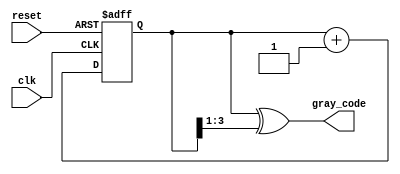
module gray_code_async_counter (
    input wire clk,         // Clock input
    input wire reset,       // Asynchronous reset
    output reg [n-1:0] gray_code // Output in Gray code
);
    parameter n = 4; // Number of bits for the counter

    reg [n-1:0] binary; // Internal binary counter

    // Convert binary to Gray code
    function [n-1:0] binary_to_gray;
        input [n-1:0] bin;
        begin
            binary_to_gray = bin ^ (bin >> 1);
        end
    endfunction

    // Asynchronous reset and counter logic
    always @(posedge clk or posedge reset) begin
        if (reset) begin
            binary <= 0; // Reset binary counter to 0
        end else begin
            binary <= binary + 1; // Increment binary counter
        end
    end

    // Update Gray code output
    always @(*) begin
        gray_code = binary_to_gray(binary); // Convert binary to Gray code
    end

endmodule